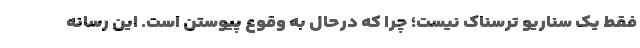
فقط یک سناریو ترسناک نیست؛ چرا که درحال به وقوع پیوستن است. این رسانه